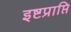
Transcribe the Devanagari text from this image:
इष्टप्राप्ति